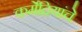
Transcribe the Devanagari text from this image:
कर्मेंद्रियांचे